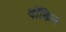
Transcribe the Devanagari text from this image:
वॉकिन